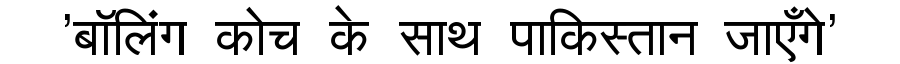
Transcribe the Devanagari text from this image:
'बॉलिंग कोच के साथ पाकिस्तान जाएँगे'